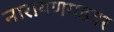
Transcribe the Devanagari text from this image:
नारायणगडवर